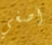
أصغي